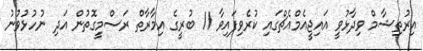
އިރުތިޝާމް ވިދާޅުވީ އައިޖީއެމްއެޗްގައި ކުރެވިފައިވާ 11 ބުރީގެ އިމާރާތް ރަސްމީގޮތުން އަދި ނުހުޅުވުނު